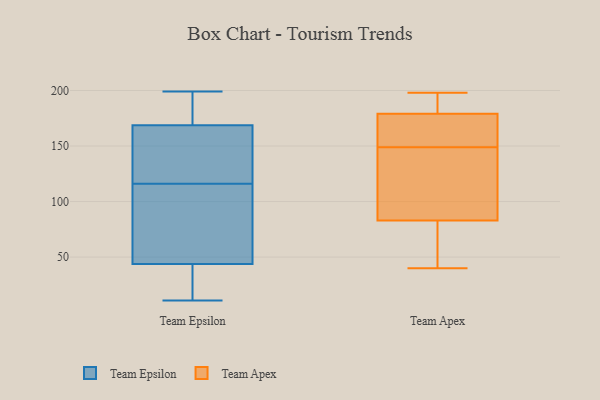
{"axis": {"x": "Shipments", "y": "Value"}, "legend": ["Team Apex", "Team Epsilon"], "data": [{"x": "", "y": 199, "type": "Team Epsilon"}, {"x": "", "y": 21, "type": "Team Epsilon"}, {"x": "", "y": 156, "type": "Team Epsilon"}, {"x": "", "y": 42, "type": "Team Epsilon"}, {"x": "", "y": 173, "type": "Team Epsilon"}, {"x": "", "y": 79, "type": "Team Epsilon"}, {"x": "", "y": 49, "type": "Team Epsilon"}, {"x": "", "y": 136, "type": "Team Epsilon"}, {"x": "", "y": 116, "type": "Team Epsilon"}, {"x": "", "y": 11, "type": "Team Epsilon"}, {"x": "", "y": 187, "type": "Team Epsilon"}, {"x": "", "y": 89, "type": "Team Apex"}, {"x": "", "y": 74, "type": "Team Apex"}, {"x": "", "y": 125, "type": "Team Apex"}, {"x": "", "y": 149, "type": "Team Apex"}, {"x": "", "y": 177, "type": "Team Apex"}, {"x": "", "y": 40, "type": "Team Apex"}, {"x": "", "y": 150, "type": "Team Apex"}, {"x": "", "y": 189, "type": "Team Apex"}, {"x": "", "y": 198, "type": "Team Apex"}, {"x": "", "y": 84, "type": "Team Apex"}, {"x": "", "y": 85, "type": "Team Apex"}, {"x": "", "y": 163, "type": "Team Apex"}, {"x": "", "y": 197, "type": "Team Apex"}, {"x": "", "y": 77, "type": "Team Apex"}, {"x": "", "y": 185, "type": "Team Apex"}, {"x": "", "y": 167, "type": "Team Apex"}, {"x": "", "y": 80, "type": "Team Apex"}]}